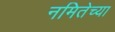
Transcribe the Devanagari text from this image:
नमितेच्या